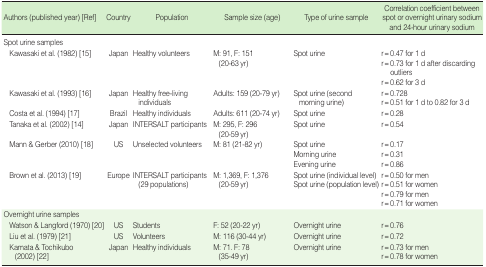
<table><thead><tr><td><b>Authors (published year) [Ref]</b></td><td><b>Country</b></td><td><b>Population</b></td><td><b>Sample size (age)</b></td><td><b>Type of urine sample</b></td><td><b>Correlation coefficient between spot or overnight urinary sodium and 24-hour urinary sodium</b></td></tr></thead><tbody><tr><td colspan="6">Spot urine samples</td></tr><tr><td rowspan="3"> Kawasaki et al. (1982) [15]</td><td rowspan="3">Japan</td><td rowspan="3">Healthy volunteers</td><td rowspan="3">M: 91, F: 151(20-63 yr)</td><td rowspan="3">Spot urine</td><td>r = 0.47 for 1 d</td></tr><tr><td>r = 0.73 for 1 d after discarding outliers</td></tr><tr><td>r = 0.62 for 3 d</td></tr><tr><td rowspan="2"> Kawasaki et al. (1993) [16]</td><td rowspan="2">Japan</td><td rowspan="2">Healthy free-living individuals</td><td rowspan="2">Adults: 159 (20-79 yr)</td><td rowspan="2">Spot urine (second morning urine)</td><td>r = 0.728</td></tr><tr><td>r = 0.51 for 1 d to 0.82 for 3 d</td></tr><tr><td> Costa et al. (1994) [17]</td><td>Brazil</td><td>Healthy individuals</td><td>Adults: 611 (20-74 yr)</td><td>Spot urine</td><td>r = 0.28</td></tr><tr><td> Tanaka et al. (2002) [14]</td><td>Japan</td><td>INTERSALT participants</td><td>M: 295, F: 296(20-59 yr)</td><td>Spot urine</td><td>r = 0.54</td></tr><tr><td rowspan="3"> Mann &amp; Gerber (2010) [18]</td><td rowspan="3">US</td><td rowspan="3">Unselected volunteers</td><td rowspan="3">M: 81 (21-82 yr)</td><td>Spot urine</td><td>r = 0.17</td></tr><tr><td>Morning urine</td><td>r = 0.31</td></tr><tr><td>Evening urine</td><td>r = 0.86</td></tr><tr><td rowspan="4"> Brown et al. (2013) [19]</td><td rowspan="4">Europe</td><td rowspan="4">INTERSALT participants (29 populations)</td><td rowspan="4">M: 1,369, F: 1,376 (20-59 yr)</td><td>Spot urine (individual level)</td><td>r = 0.50 for men </td></tr><tr><td>Spot urine (population level)</td><td>r = 0.51 for women </td></tr><tr><td rowspan="2"></td><td>r = 0.79 for men</td></tr><tr><td>r = 0.71 for women</td></tr><tr><td colspan="6">Overnight urine samples</td></tr><tr><td> Watson &amp; Langford (1970) [20]</td><td>US</td><td>Students</td><td>F: 52 (20-22 yr)</td><td>Overnight urine</td><td>r = 0.76</td></tr><tr><td> Liu et al. (1979) [21]</td><td>US</td><td>Volunteers</td><td>M: 116 (30-44 yr)</td><td>Overnight urine</td><td>r = 0.72</td></tr><tr><td rowspan="2"> Kamata &amp; Tochikubo (2002) [22]</td><td rowspan="2">Japan</td><td rowspan="2">Healthy individuals</td><td rowspan="2">M: 71. F: 78 (35-49 yr)</td><td rowspan="2">Overnight urine</td><td>r = 0.73 for men</td></tr><tr><td>r = 0.78 for women</td></tr></tbody></table>